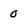
Character: 0